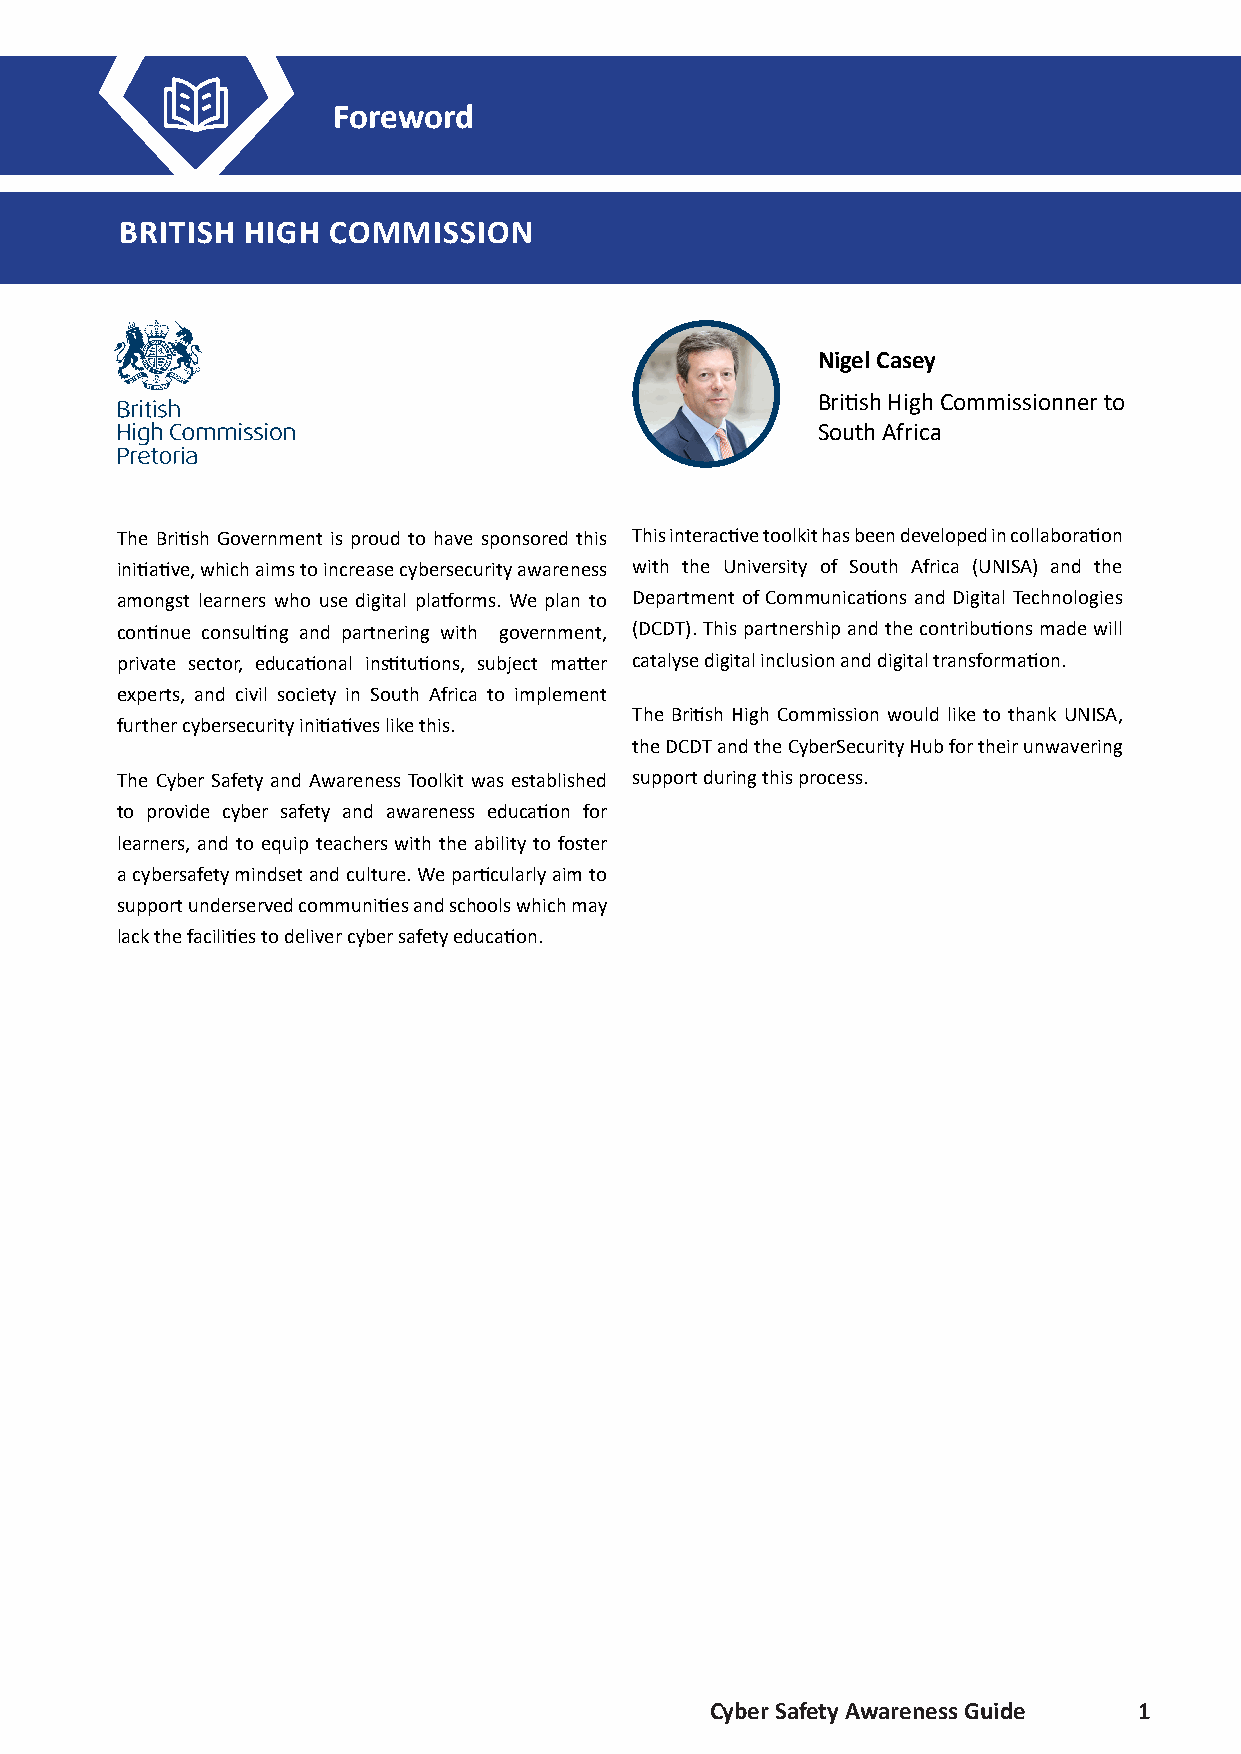
Foreword
 BRITISH HIGH  COMMISSION
 Nigel Casey
 British High Commissionner to
 South Africa
 The British Government is proud to have sponsored this This interactive toolkit has been developed in collaboration
 initiative, which aims to increase cybersecurity awareness with the University of South Africa (UNISA) and the
 amongst learners who use digital platforms. We plan to Department of Communications and Digital Technologies
 continue consulting and partnering with government, (DCDT). This partnership and the contributions made will
 private sector, educational institutions, subject matter catalyse digital inclusion and digital transformation.
 experts, and civil society in South Africa to implement
 The British High Commission would like to thank UNISA,
 further cybersecurity initiatives like this.
 the DCDT and the CyberSecurity Hub for their unwavering
 The Cyber Safety and Awareness Toolkit was established support during this process.
 to provide cyber safety and awareness education for
 learners, and to equip teachers with the ability to foster
 a cybersafety mindset and culture. We particularly aim to
 support underserved communities and schools which may
 lack the facilities to deliver cyber safety education.
 Cyber Safety Awareness Guide 1